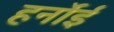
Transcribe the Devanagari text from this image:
हर्नोई